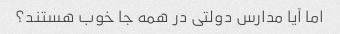
اما آیا مدارس دولتی در همه جا خوب هستند؟